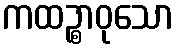
ကထဉ္စာဝုသော